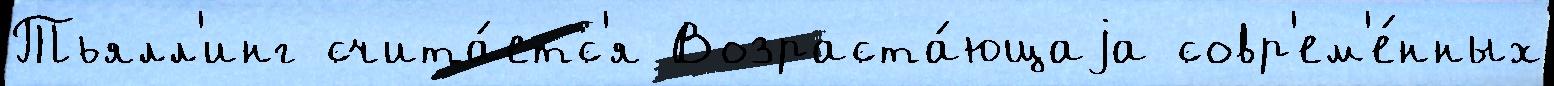
Тьялл'инг счита́етс'я Возраста́ющаjа совр'ем'е́нных